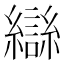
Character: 䜌